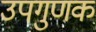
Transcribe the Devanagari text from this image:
उपगुणक